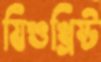
যিশুখ্রিষ্ট